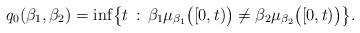
LaTeX: \begin{align*}q_0(\beta_1,\beta_2) = \inf\bigl\{t \,:\, \beta_1 \mu_{\beta_1}\bigl([0,t)\bigr) \not= \beta_2\mu_{\beta_2}\bigl([0,t)\bigr)\bigr\}.\end{align*}